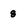
Character: g